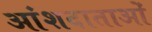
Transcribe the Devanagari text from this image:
आंशदाताओं